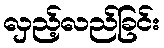
လှည့်လည်ခြင်း